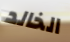
الخالد